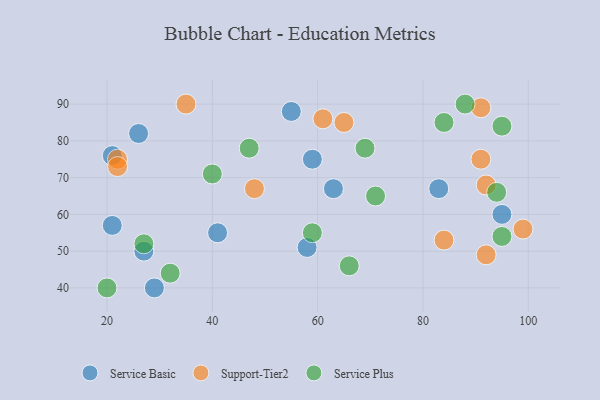
{"axis": {"x": "GDP", "y": "Life Expectancy"}, "legend": ["Service Basic", "Service Plus", "Support-Tier2"], "data": [{"x": "63", "y": 67, "type": "Service Basic"}, {"x": "95", "y": 60, "type": "Service Basic"}, {"x": "59", "y": 75, "type": "Service Basic"}, {"x": "21", "y": 76, "type": "Service Basic"}, {"x": "41", "y": 55, "type": "Service Basic"}, {"x": "21", "y": 57, "type": "Service Basic"}, {"x": "27", "y": 50, "type": "Service Basic"}, {"x": "55", "y": 88, "type": "Service Basic"}, {"x": "83", "y": 67, "type": "Service Basic"}, {"x": "58", "y": 51, "type": "Service Basic"}, {"x": "26", "y": 82, "type": "Service Basic"}, {"x": "29", "y": 40, "type": "Service Basic"}, {"x": "65", "y": 85, "type": "Support-Tier2"}, {"x": "91", "y": 75, "type": "Support-Tier2"}, {"x": "91", "y": 89, "type": "Support-Tier2"}, {"x": "61", "y": 86, "type": "Support-Tier2"}, {"x": "22", "y": 75, "type": "Support-Tier2"}, {"x": "84", "y": 53, "type": "Support-Tier2"}, {"x": "99", "y": 56, "type": "Support-Tier2"}, {"x": "92", "y": 49, "type": "Support-Tier2"}, {"x": "48", "y": 67, "type": "Support-Tier2"}, {"x": "35", "y": 90, "type": "Support-Tier2"}, {"x": "92", "y": 68, "type": "Support-Tier2"}, {"x": "22", "y": 73, "type": "Support-Tier2"}, {"x": "40", "y": 71, "type": "Service Plus"}, {"x": "20", "y": 40, "type": "Service Plus"}, {"x": "27", "y": 52, "type": "Service Plus"}, {"x": "95", "y": 54, "type": "Service Plus"}, {"x": "47", "y": 78, "type": "Service Plus"}, {"x": "32", "y": 44, "type": "Service Plus"}, {"x": "71", "y": 65, "type": "Service Plus"}, {"x": "94", "y": 66, "type": "Service Plus"}, {"x": "84", "y": 85, "type": "Service Plus"}, {"x": "88", "y": 90, "type": "Service Plus"}, {"x": "66", "y": 46, "type": "Service Plus"}, {"x": "59", "y": 55, "type": "Service Plus"}, {"x": "69", "y": 78, "type": "Service Plus"}, {"x": "95", "y": 84, "type": "Service Plus"}]}